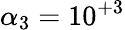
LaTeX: \alpha_{3}=10^{+3}